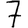
Digit: 7